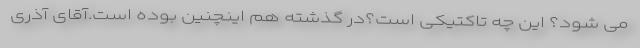
می شود؟ این چه تاکتیکی است؟در گذشته هم اینچنین بوده است.آقای آذری